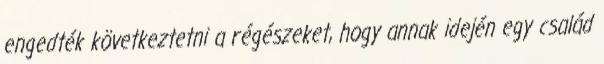
engedték következtetni a régészeket, hogy annak idején egy család